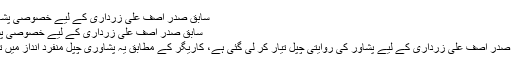
سابق صدر آصف علی زرداری کے لیے خصوصی پشاوری چپل تیار -
سابق صدر آصف علی زرداری کے لیے خصوصی پشاوری چپل تیار
اسلام آباد : سابق صدر آصف علی زرداری کے لیے پشاور کی روایتی چپل تیار کر لی گئی ہے، کاریگر کے مطابق یہ پشاوری چپل منفرد انداز میں تیار کی گئی ہے۔